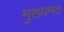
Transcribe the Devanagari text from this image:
मुख्यमठ